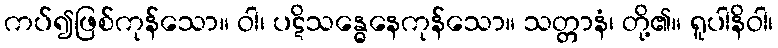
ကပ်၍ဖြစ်ကုန်သော။ ဝါ၊ ပဋိသန္ဓေနေကုန်သော။ သတ္တာနံ၊ တို့၏။ ရူပါနိဝါ၊